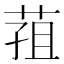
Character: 𮏢